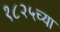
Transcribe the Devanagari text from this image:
१८२५च्या